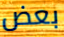
بعض